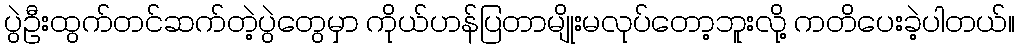
ပွဲဦးထွက်တင်ဆက်တဲ့ပွဲတွေမှာ ကိုယ်ဟန်ပြတာမျိုးမလုပ်တော့ဘူးလို့ ကတိပေးခဲ့ပါတယ်။